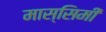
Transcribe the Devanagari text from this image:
मास्सिमी